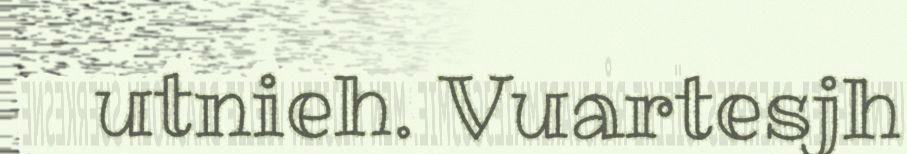
utnieh. Vuartesjh